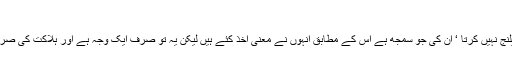
آیت81
میں علمائے کرام کو چیلنج نہیں کرتا ‘ ان کی جو سمجھ ہے اس کے مطابق انہوں نے معنی اخذ کئے ہیں لیکن یہ تو صرف ایک وجہ ہے اور ہلاکت کی صرف ایک وجہ نہیں ہوتی۔